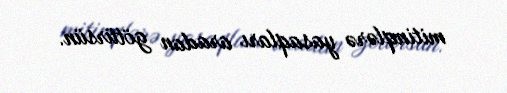
mitinqlərə yasaqları aradan götürsün.